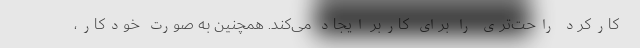
کارکرد راحت‌تری را برای کاربر ایجاد می‌کند. همچنین به صورت خودکار،